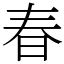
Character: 春